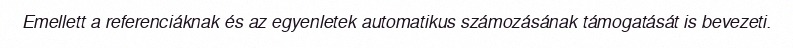
Emellett a referenciáknak és az egyenletek automatikus számozásának támogatását is bevezeti.